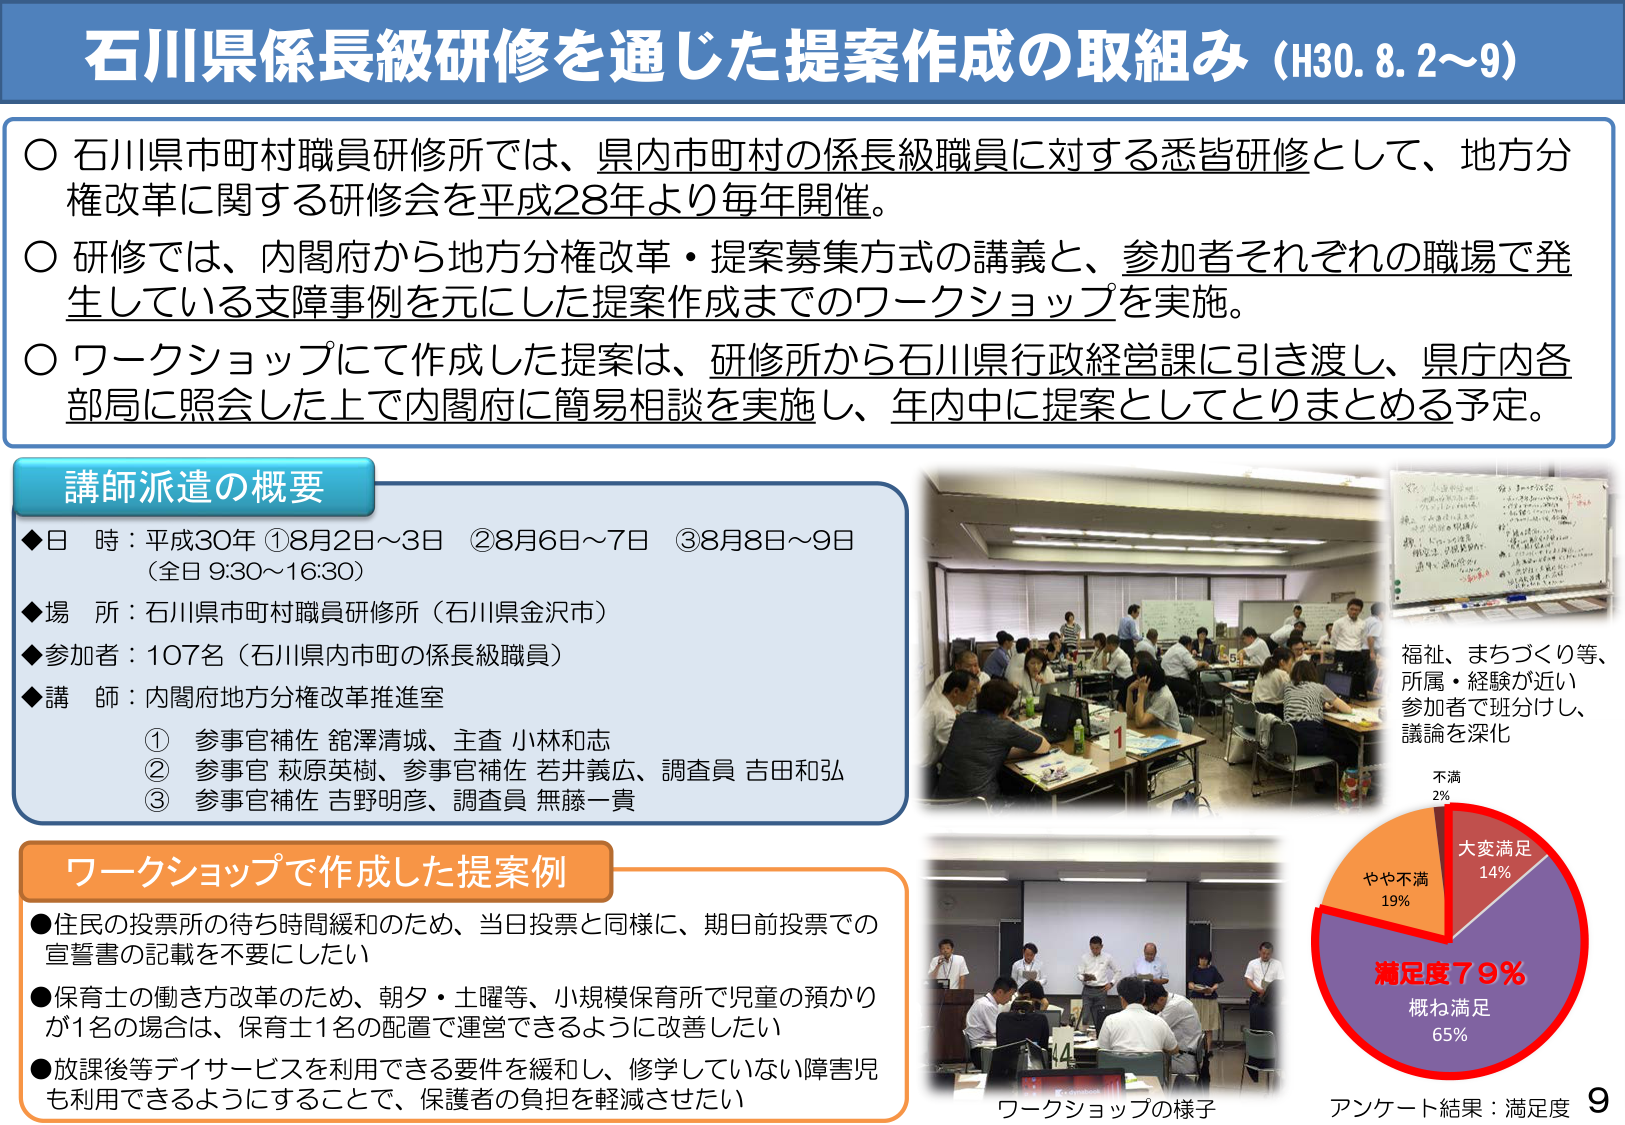
石川県係長級研修を通じた提案作成の取組み（H30.8.2～9）

○ 石川県市町村職員研修所では、県内市町村の係長級職員に対する悉皆研修として、地方分権改革に関する研修会を平成28年より毎年開催。

○ 研修では、内閣府から地方分権改革・提案募集方式の講義と、参加者それぞれの職場で発生している支援事例を元にした提案作成までのワークショップを実施。

○ ワークショップにて作成した提案は、研修所から石川県行政経営課に引き渡し、県庁内各部局に照会した上で内閣府に簡易相談を実施し、年内中に提案としてとりまとめる予定。

講師派遣の概要
◆日 時：平成30年 ①8月2日～3日 ②8月6日～7日 ③8月8日～9日
（全日 9:30～16:30）
◆場 所：石川県市町村職員研修所（石川県金沢市）
◆参加者：107名（石川県内市町の係長級職員）
◆講 師：内閣府地方分権改革推進室
① 参事官補佐 舘澤清城、主査 小林和志
② 参事官 萩原英樹、参事官補佐 若井義広、調査員 吉田和弘
③ 参事官補佐 吉野明彦、調査員 無藤一貴

ワークショップで作成した提案例
●住民の投票所の待ち時間緩和のため、当日投票と同様に、期日前投票での宣誓書の記載を不要にしたい
●保育士の働き方改革のため、朝夕・土曜等、小規模保育所で児童の預かりが1名の場合は、保育士1名の配置で運営できるように改善したい
●放課後等デイサービスを利用できる要件を緩和し、修学していない障害児も利用できるようにすることで、保護者の負担を軽減させたい

福祉、まちづくり等、所属・経験が近い参加者で班分けし、講論を深化

不満 2%
やや不満 19%
大変満足 14%
満足度79%
概ね満足 65%

ワークショップの様子
アンケート結果：満足度 9